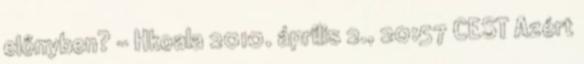
előnyben? – Hkoala 2010. április 2., 20:57 CEST Azért